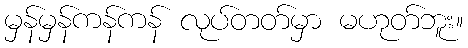
မှန်မှန်ကန်ကန် လုပ်တတ်မှာ မဟုတ်ဘူး။